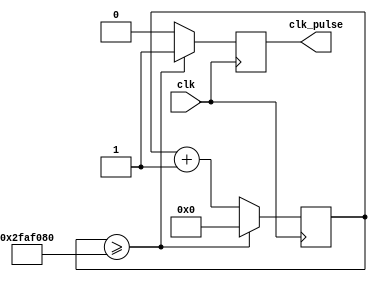
module clk_div(
    input clk, //100MHz
    output clk_pulse //1Hz
    );
    
    reg clk_pulse = 0;
    reg [25:0] div_counter = 0;
    
    always @(posedge clk) begin
        if(div_counter>=50000000) begin
            clk_pulse<=1;
            div_counter<=0;
        end else begin
            clk_pulse<=0;
            div_counter <= div_counter + 1;
        end
    end
endmodule